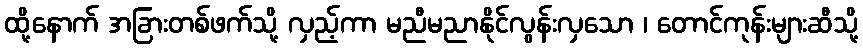
ထို့နောက် အခြားတစ်ဖက်သို့ လှည့်ကာ မညီမညာနိုင်လွန်းလှသော ၊ တောင်ကုန်းများဆီသို့